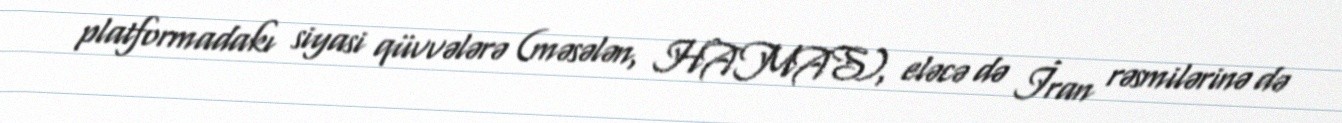
platformadakı siyasi qüvvələrə (məsələn, HAMAS), eləcə də İran rəsmilərinə də